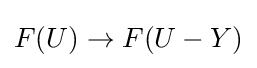
F(U)\to F(U-Y)